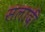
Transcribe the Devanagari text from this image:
सलादी